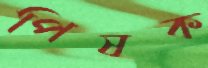
পিষক